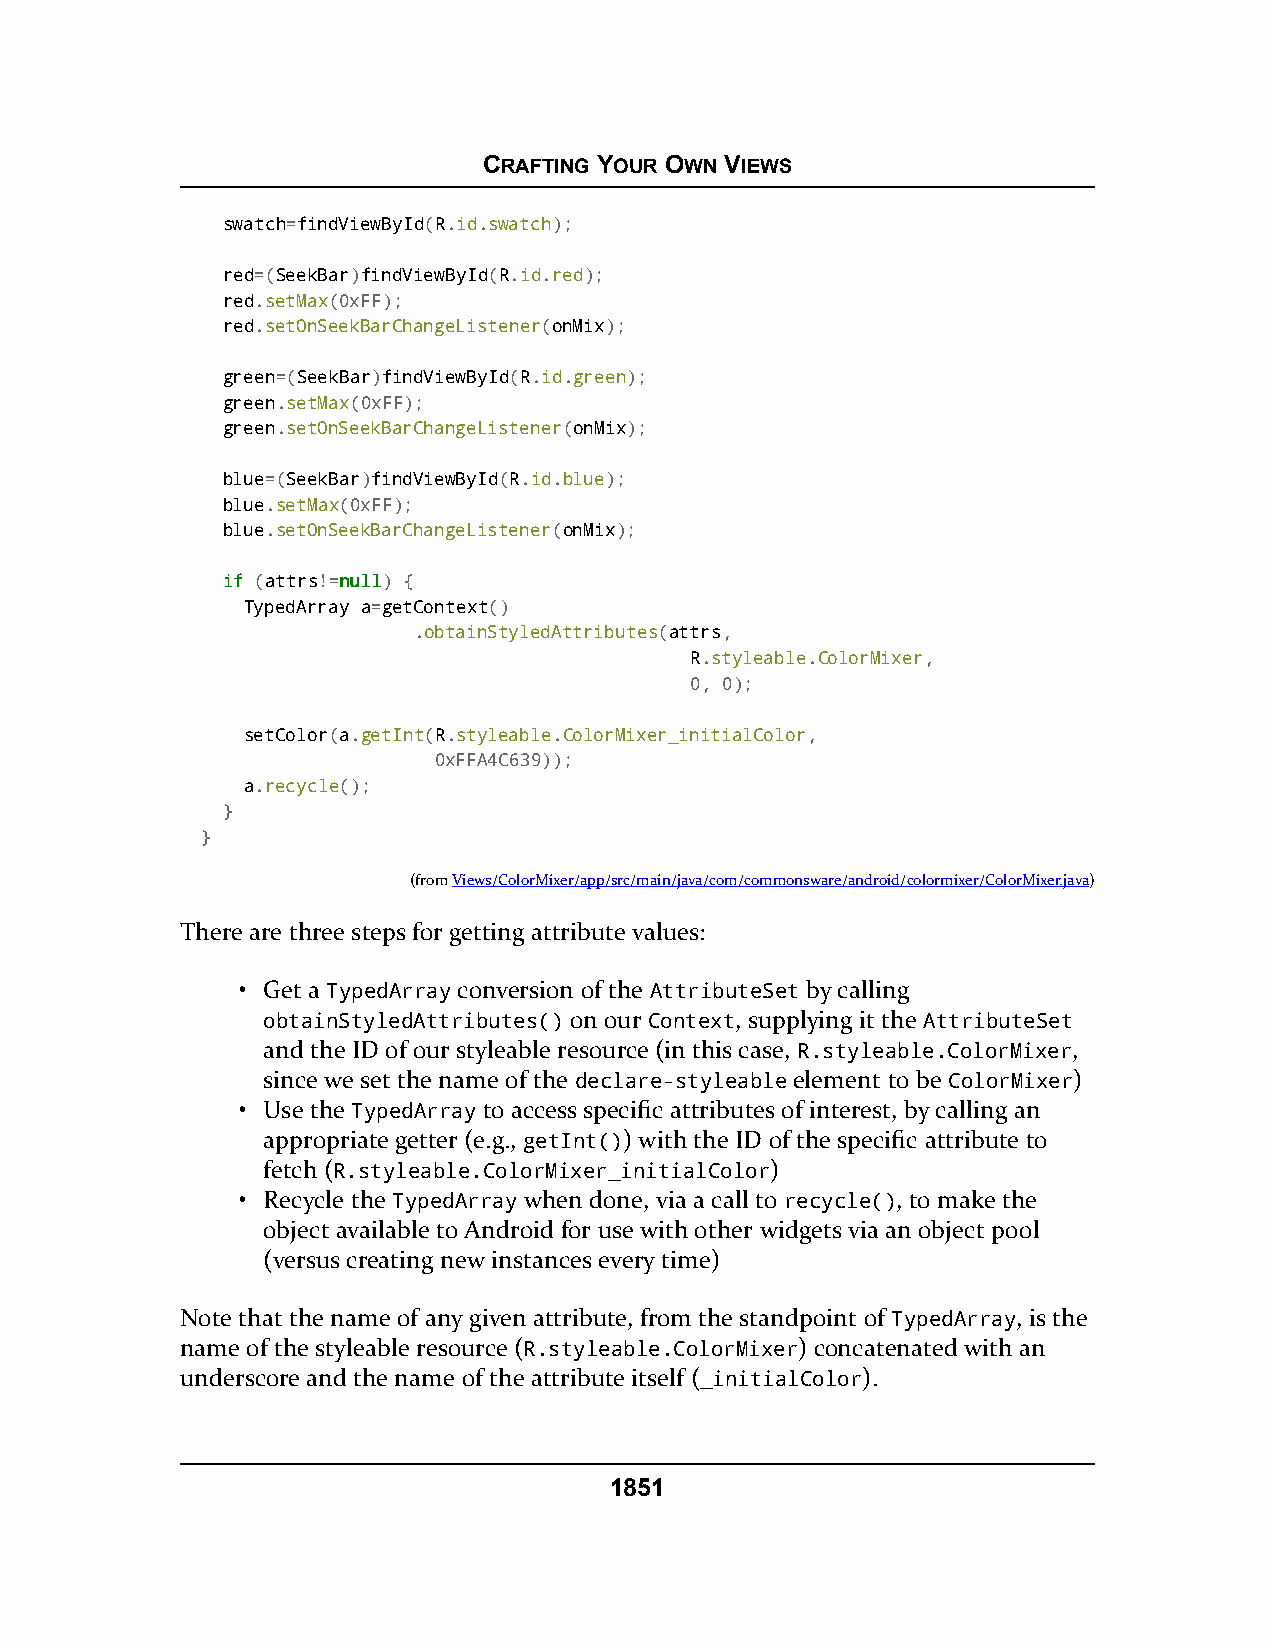
CRAFTING YOUR OWN VIEWS
 swatch=findViewById(R.id.swatch);
 red=(SeekBar)findViewById(R.id.red);
 red.setMax(0xFF);
 red.setOnSeekBarChangeListener(onMix);
 green=(SeekBar)findViewById(R.id.green);
 green.setMax(0xFF);
 green.setOnSeekBarChangeListener(onMix);
 blue=(SeekBar)findViewById(R.id.blue);
 blue.setMax(0xFF);
 blue.setOnSeekBarChangeListener(onMix);
 iiff (attrs!=nnuullll) {
 TypedArray a=getContext()
 .obtainStyledAttributes(attrs,
 R.styleable.ColorMixer,
 0, 0);
 setColor(a.getInt(R.styleable.ColorMixer_initialColor,
 0xFFA4C639));
 a.recycle();
 }
 }
 (fromViews/ColorMixer/app/src/main/java/com/commonsware/android/colormixer/ColorMixer.java)
 There are three steps for getting attribute values:
 • Get a TypedArray conversion of the AttributeSet by calling
 obtainStyledAttributes() on our Context, supplying it the AttributeSet
 and the ID of our styleable resource (in this case, R.styleable.ColorMixer,
 since we set the name of the declare-styleable element to be ColorMixer)
 • Use the TypedArray to access specific attributes of interest, by calling an
 appropriate getter (e.g., getInt()) with the ID of the specific attribute to
 fetch (R.styleable.ColorMixer_initialColor)
 • Recycle the TypedArray when done, via a call to recycle(), to make the
 object available to Android for use with other widgets via an object pool
 (versus creating new instances every time)
 Note that the name of any given attribute, from the standpoint of TypedArray, is the
 name of the styleable resource (R.styleable.ColorMixer) concatenated with an
 underscore and the name of the attribute itself (_initialColor).
 1851